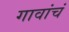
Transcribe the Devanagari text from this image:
गावांचं